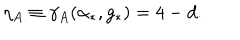
LaTeX: \eta _ { A } \equiv \gamma _ { A } ( \alpha _ { * } , g _ { * } ) = 4 - d .